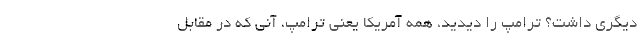
دیگری داشت؟ ترامپ را دیدید، همه آمریکا یعنی ترامپ، آنی که در مقابل